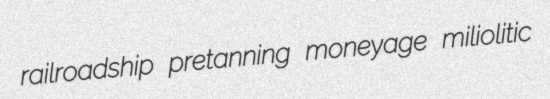
railroadship pretanning moneyage miliolitic